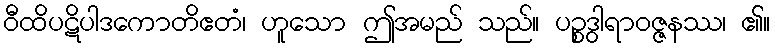
ဝီထိပဋိပါဒကောတိဧတံ၊ ဟူသော ဤအမည် သည်။ ပဉ္စဒွါရာဝဇ္ဇနဿ၊ ၏။